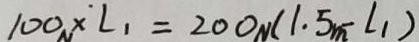
1 0 0 _ { n } \times L _ { 1 } = 2 0 0 _ { n } ( 1 . 5 m - L _ { 1 } )